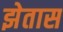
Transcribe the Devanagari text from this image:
झेतास